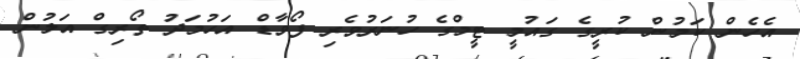
އެހެން ކަމުން ކުރީގެ ގައުމީ ޓީމްގެ ހުނަރުވެރި ފޯވާޑް އަހުމަދު ތޯރިގް އަލުން